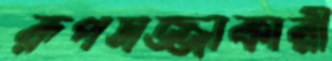
রূপসজ্জাকারী